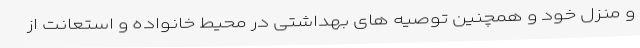
و منزل خود و همچنین توصیه های بهداشتی در محیط خانواده و استعانت از